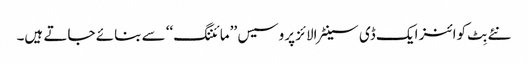
نئے بِٹ کوائنز ایک ڈی سینٹرالائز پروسیس ’’مائننگ‘‘ سے بنائے جاتے ہیں۔